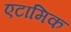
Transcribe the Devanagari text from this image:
एटामिक